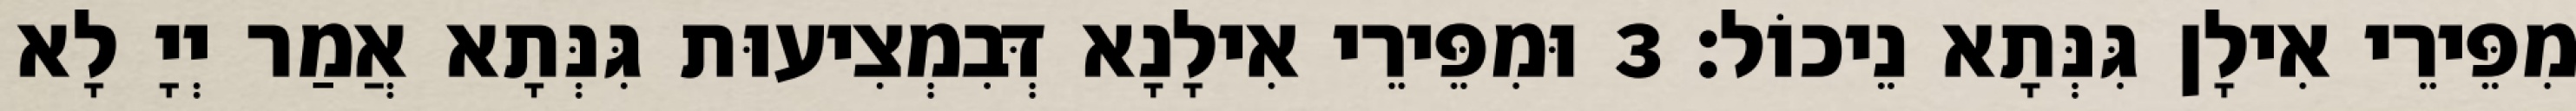
מִפֵּירֵי אִילָן גִּנְּתָא נֵיכוֹל׃ 3 וּמִפֵּירֵי אִילָנָא דְּבִמְצִיעוּת גִּנְּתָא אֲמַר יְיָ לָא